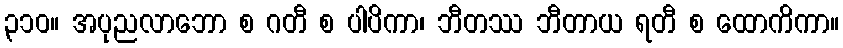
၃၁၀။ အပုညလာဘော စ ဂတီ စ ပါပိကာ၊ ဘီတဿ ဘီတာယ ရတီ စ ထောကိကာ။